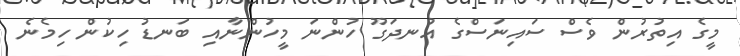
މީގެ އިތުރުން ވެސް ސައިނަސްގެ އުނދަގޫ ހުންނަ މީހުންނާއި ބަނޑު ހިކުން ހިމެނެ